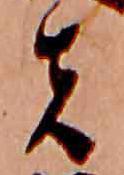
者